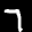
Label: 7